Scottish Leaving Certificate Examination, 1956
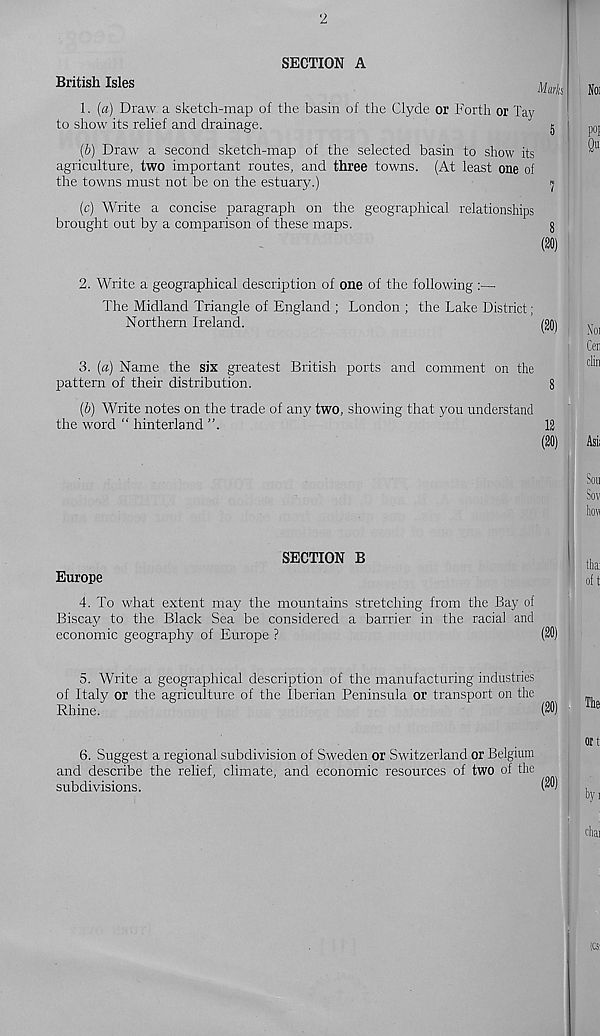
2
SECTION A
British Isles
U J
1. (a) Draw a sketch-map of the basin of the Clyde or Forth or lay
to show its relief and drainage.
5
(6) Draw a second sketch-map of the selected basin to show its
agriculture, two important routes, and three towns. (At least one of
the towns must not be on the estuary.)
y
(c) Write a concise paragraph on the geographical relationships
brought out by a comparison of these maps.
§
(20)
2. Write a geographical description of one of the following :—
The Midland Triangle of England ; London ; the Lake District;
Northern Ireland.
rani
3. (a) Name the six greatest British ports and comment on the
pattern of their distribution.
8
(b) Write notes on the trade of any two, showing that you understand
the word “ hinterland ”.
12
(20)
SECTION B
Europe
4. To what extent may the mountains stretching from the Bay of
Biscay to the Black Sea be considered a barrier in the racial and
economic geography of Europe ?
(20)
5. Write a geographical description of the manufacturing industries
of Italy or the agriculture of the Iberian Peninsula or transport on the
Rhine.
(20)
6. Suggest a regional subdivision of Sweden or Switzerland or Belgium
and describe the relief, climate, and economic resources of two of the
subdivisions.
(20)